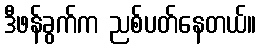
ဒီဖန်ခွက်က ညစ်ပတ်နေတယ်။